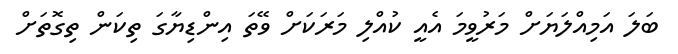
ބަލަ އަމިއްލަޔަށް މަރުވީމަ އެއީ ކުއްލި މަރަކަށް ވޭތަ އިންޑިޔާގަ ތިކަން ތިގޮތަށް